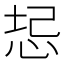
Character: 𫭻